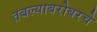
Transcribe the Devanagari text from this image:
तबल्याबरोबरचे